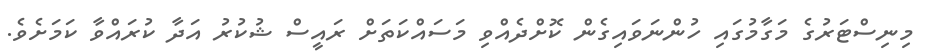
މިނިސްޓަރުގެ މަގާމުގައި ހުންނަވައިގެން ކޮށްދެއްވި މަސައްކަތަށް ރައީސް ޝުކުރު އަދާ ކުރައްވާ ކަމަށެވެ.